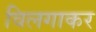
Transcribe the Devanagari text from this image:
विलगाकर